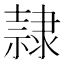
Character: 隷